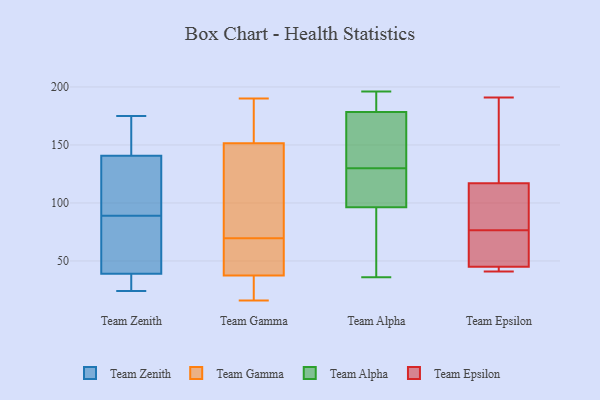
{"axis": {"x": "Backlog", "y": "Value"}, "legend": ["Team Alpha", "Team Epsilon", "Team Gamma", "Team Zenith"], "data": [{"x": "", "y": 46, "type": "Team Zenith"}, {"x": "", "y": 175, "type": "Team Zenith"}, {"x": "", "y": 139, "type": "Team Zenith"}, {"x": "", "y": 24, "type": "Team Zenith"}, {"x": "", "y": 59, "type": "Team Zenith"}, {"x": "", "y": 99, "type": "Team Zenith"}, {"x": "", "y": 33, "type": "Team Zenith"}, {"x": "", "y": 39, "type": "Team Zenith"}, {"x": "", "y": 146, "type": "Team Zenith"}, {"x": "", "y": 89, "type": "Team Zenith"}, {"x": "", "y": 129, "type": "Team Zenith"}, {"x": "", "y": 149, "type": "Team Zenith"}, {"x": "", "y": 39, "type": "Team Zenith"}, {"x": "", "y": 144, "type": "Team Gamma"}, {"x": "", "y": 59, "type": "Team Gamma"}, {"x": "", "y": 65, "type": "Team Gamma"}, {"x": "", "y": 130, "type": "Team Gamma"}, {"x": "", "y": 176, "type": "Team Gamma"}, {"x": "", "y": 60, "type": "Team Gamma"}, {"x": "", "y": 37, "type": "Team Gamma"}, {"x": "", "y": 112, "type": "Team Gamma"}, {"x": "", "y": 38, "type": "Team Gamma"}, {"x": "", "y": 166, "type": "Team Gamma"}, {"x": "", "y": 17, "type": "Team Gamma"}, {"x": "", "y": 16, "type": "Team Gamma"}, {"x": "", "y": 159, "type": "Team Gamma"}, {"x": "", "y": 190, "type": "Team Gamma"}, {"x": "", "y": 74, "type": "Team Gamma"}, {"x": "", "y": 22, "type": "Team Gamma"}, {"x": "", "y": 115, "type": "Team Alpha"}, {"x": "", "y": 148, "type": "Team Alpha"}, {"x": "", "y": 191, "type": "Team Alpha"}, {"x": "", "y": 130, "type": "Team Alpha"}, {"x": "", "y": 85, "type": "Team Alpha"}, {"x": "", "y": 89, "type": "Team Alpha"}, {"x": "", "y": 106, "type": "Team Alpha"}, {"x": "", "y": 93, "type": "Team Alpha"}, {"x": "", "y": 36, "type": "Team Alpha"}, {"x": "", "y": 179, "type": "Team Alpha"}, {"x": "", "y": 184, "type": "Team Alpha"}, {"x": "", "y": 120, "type": "Team Alpha"}, {"x": "", "y": 192, "type": "Team Alpha"}, {"x": "", "y": 111, "type": "Team Alpha"}, {"x": "", "y": 177, "type": "Team Alpha"}, {"x": "", "y": 59, "type": "Team Alpha"}, {"x": "", "y": 175, "type": "Team Alpha"}, {"x": "", "y": 196, "type": "Team Alpha"}, {"x": "", "y": 160, "type": "Team Alpha"}, {"x": "", "y": 182, "type": "Team Epsilon"}, {"x": "", "y": 41, "type": "Team Epsilon"}, {"x": "", "y": 45, "type": "Team Epsilon"}, {"x": "", "y": 117, "type": "Team Epsilon"}, {"x": "", "y": 83, "type": "Team Epsilon"}, {"x": "", "y": 70, "type": "Team Epsilon"}, {"x": "", "y": 111, "type": "Team Epsilon"}, {"x": "", "y": 41, "type": "Team Epsilon"}, {"x": "", "y": 191, "type": "Team Epsilon"}, {"x": "", "y": 49, "type": "Team Epsilon"}]}